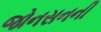
જોનસનની